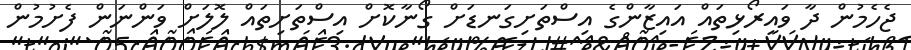
ޖެހެމުން ދާ ވައިރޯޅިތައް އައިޒާންގެ އިސްތަށިގަނޑަށް ގޯނާކޮށް އިސްތަށިތައް ލޮލަށް ވަންނަން ފެށުމުން